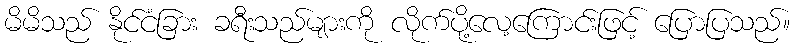
မိမိသည် နိုင်ငံခြား ခရီးသည်များကို လိုက်ပို့လေ့ကြောင်းဖြင့် ပြောပြသည်။